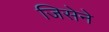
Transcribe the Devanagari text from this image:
जिसेने